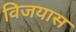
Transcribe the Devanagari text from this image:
विजयास